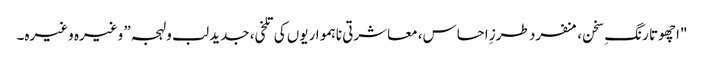
"اچھوتا رنگِ سخن، منفرد طرزِ احساس، معاشرتی ناہمواریوں کی تلخی، جدید لب و لہجہ” وغیرہ وغیرہ۔